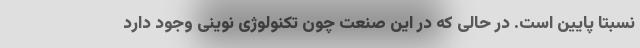
نسبتا پایین است. در حالی که در این صنعت چون تکنولوژی نوینی وجود دارد